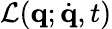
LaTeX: \mathcal{L}(\mathbf{q};\dot{\mathbf{q}},t)